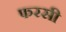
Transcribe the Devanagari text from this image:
फरसी